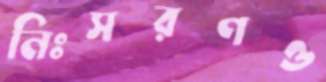
নিঃসরণও